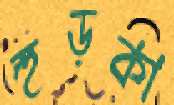
হুড়কা